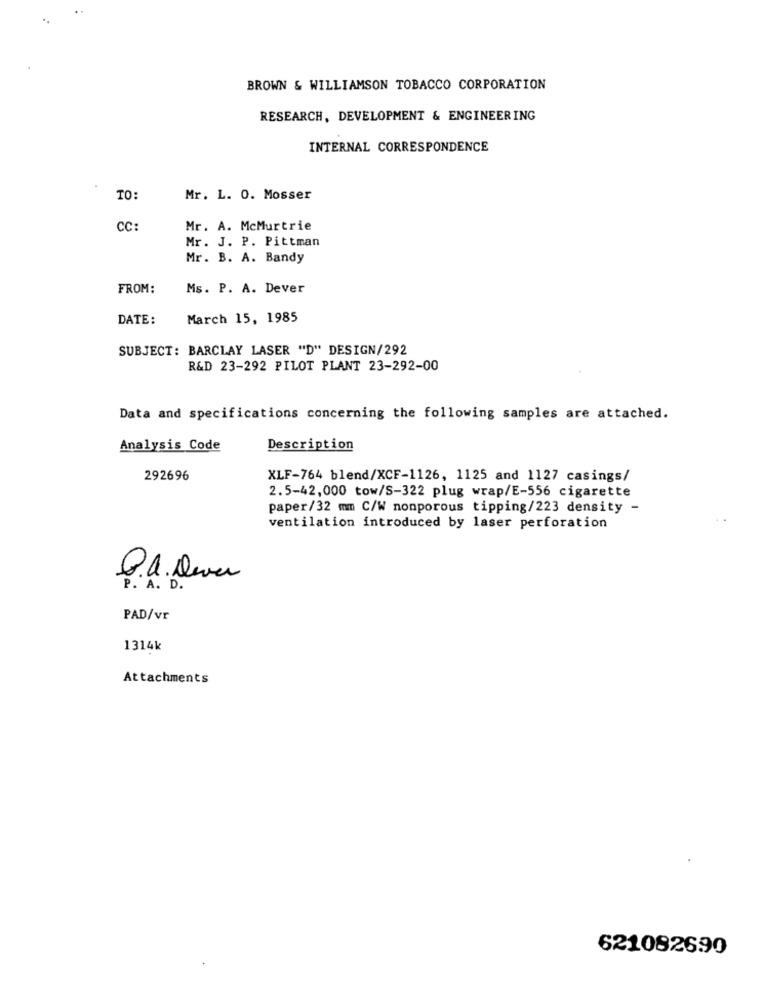
BROWN & WILLIAMSON TOBACCO CORPORATION
RESEARCH, DEVELOPMENT & ENGINEERING
INTERNAL CORRESPONDENCE
TO:
Mr. L. O. Mosser
CC
Mr. A. McMurtrie
Mr. J. P. Pittman
Mr. B. A. Bandy
FROM:
Ms. P. A. Dever
DATE:
March 15, 1985
SUBJECT: BARCLAY LASER "D" DESIGN/292
R&D 23-292 PILOT PLANT 23-292-00
Data and specifications concerning the following samples are attached.
Analysis Code
Description
292696
XLF-764 blend/XCF-1126, 1125 and 1127 casings/
2.5-42,000 tow/S-322 plug wrap/E-556 cigarette
paper/32 mm C/W nonporous tipping/223 density -
ventilation introduced by laser perforation
P. A. D.
PAD/vr
1314k
Attachments
621082690